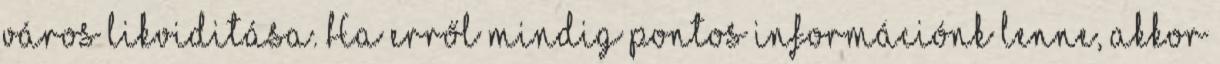
város likviditása. Ha erről mindig pontos információnk lenne, akkor